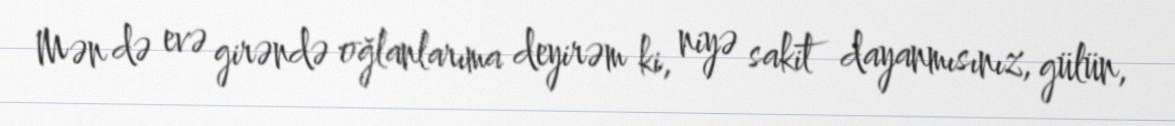
Mən də evə girəndə oğlanlarıma deyirəm ki, niyə sakit dayanmısınız, gülün,